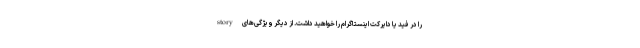
را در فید یا دایرکت اینستاگرام را خواهید داشت. از دیگر ویژگی‌های story